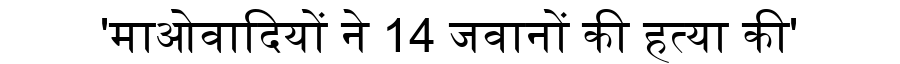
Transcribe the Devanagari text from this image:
'माओवादियों ने 14 जवानों की हत्या की'